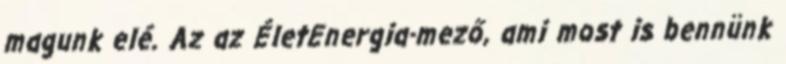
magunk elé. Az az ÉletEnergia-mező, ami most is bennünk